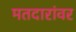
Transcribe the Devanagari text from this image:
मतदारांवर